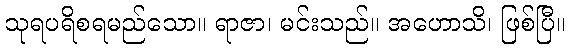
သုရပရိစရမည်သော။ ရာဇာ၊ မင်းသည်။ အဟောသိ၊ ဖြစ်ပြီ။